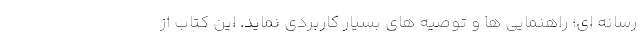
رسانه ای؛ راهنمایی ها و توصیه های بسیار کاربردی نماید. این کتاب از